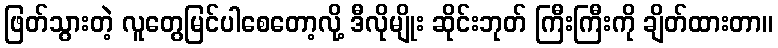
ဖြတ်သွားတဲ့ လူတွေမြင်ပါစေတော့လို့ ဒီလိုမျိုး ဆိုင်းဘုတ် ကြီးကြီးကို ချိတ်ထားတာ။